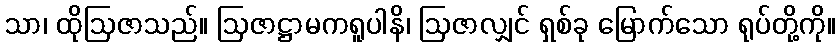
သာ၊ ထိုဩဇာသည်။ ဩဇာဋ္ဌာမကရူပါနိ၊ ဩဇာလျှင် ရှစ်ခု မြောက်သော ရုပ်တို့ကို။